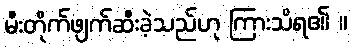
မီးတိုက်ဖျက်ဆီးခဲ့သည်ဟု ကြားသိရ၏ ။